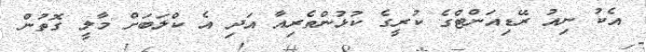
އެކު ނިއު ރޭޑިއަންޓްގެ ކުރީގެ ކުޅުންތެރިއާ އަދި އެ ކްލަބަށް މާލީ ގޮތުން